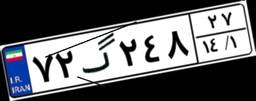
۸۶گ۱۶۸۰۹